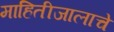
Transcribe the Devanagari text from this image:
माहितीजालाचे